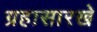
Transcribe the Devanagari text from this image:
ग्रहासारखे